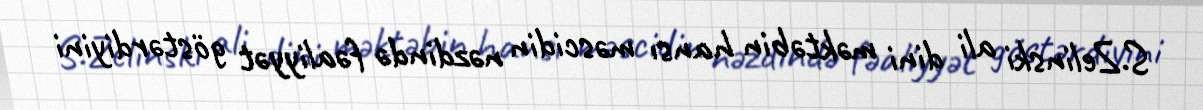
S.Zelinski ali dini məktəbin hansı məscidin nəzdində fəaliyyət göstərdiyini